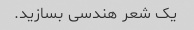
یک شعر هندسی بسازید.